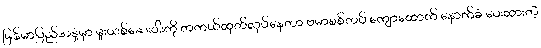
မြန်မာပြည်အနှံ့မှာ မူးယစ်ဆေးဝါးကို တကယ်ထုတ်လုပ်နေတာ ဗမာစစ်တပ် ကျောထောက် နောက်ခံ ပေးထားတဲ့